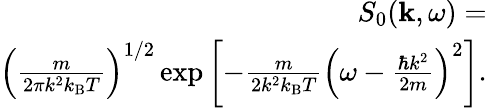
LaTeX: \begin{array}{r}{S_{0}({\mathbf k},\omega)=}\\ {\left(\frac{m}{2\pi k^{2}k_{\mathrm{B}}T}\right)^{1/2}\exp\left[-\frac{m}{2k^{2}k_{\mathrm{B}}T}\left(\omega-\frac{\hbar k^{2}}{2m}\right)^{2}\right].}\end{array}